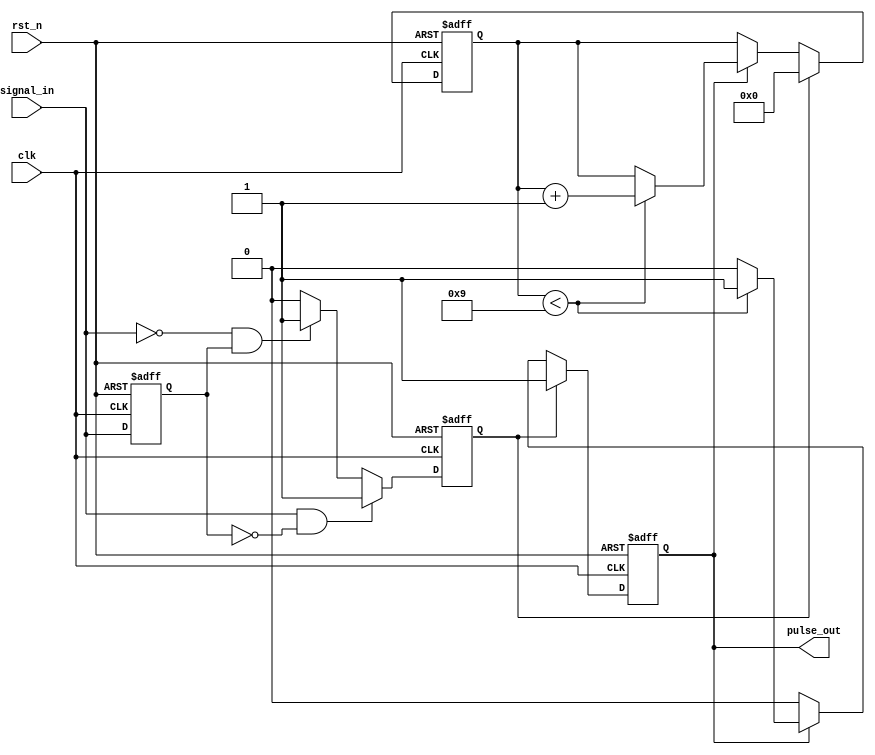
module edge_detector (
    input wire clk,          // Clock input
    input wire rst_n,       // Active low reset
    input wire signal_in,    // Input signal to detect edges
    output reg pulse_out     // Output pulse
);

    // Parameters
    parameter PULSE_WIDTH = 10; // Pulse width in clock cycles

    // State Variables
    reg signal_prev;           // Previous state of the input signal
    reg [3:0] pulse_counter;   // Counter for pulse duration
    reg edge_detected;         // Edge detection flag

    // Edge Detection Logic
    always @(posedge clk or negedge rst_n) begin
        if (!rst_n) begin
            signal_prev <= 1'b0; // Initialize previous state
            pulse_out <= 1'b0;    // Initialize output pulse
            pulse_counter <= 4'b0; // Initialize pulse counter
            edge_detected <= 1'b0; // Initialize edge detected flag
        end else begin
            // Edge detection
            if (signal_in && !signal_prev) begin
                edge_detected <= 1'b1; // Rising edge detected
            end else if (!signal_in && signal_prev) begin
                edge_detected <= 1'b1; // Falling edge detected
            end else begin
                edge_detected <= 1'b0; // No edge detected
            end
            
            // Update previous state
            signal_prev <= signal_in;

            // Pulse Generation Logic
            if (edge_detected) begin
                pulse_out <= 1'b1; // Set pulse high
                pulse_counter <= 4'b0; // Reset pulse counter
            end else if (pulse_out) begin
                if (pulse_counter < PULSE_WIDTH - 1) begin
                    pulse_counter <= pulse_counter + 1; // Increment pulse counter
                end else begin
                    pulse_out <= 1'b0; // Set pulse low after duration
                end
            end
        end
    end

endmodule